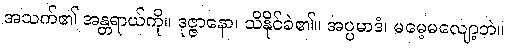
အသက်၏ အန္တရာယ်ကို။ ဒုဇ္ဇာနော၊ သိနိုင်ခဲ၏။ အပ္ပမာဒံ၊ မမေ့မလျော့ဘဲ။